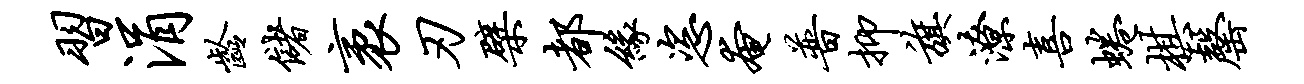
习涓龄储袤刃檗都缘恣奄普抑旗潦喜蜷棋罄